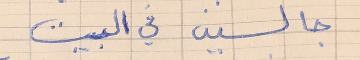
جالسين في البيت